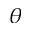
\theta